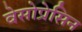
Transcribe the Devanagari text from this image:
वेसोप्रेसिन